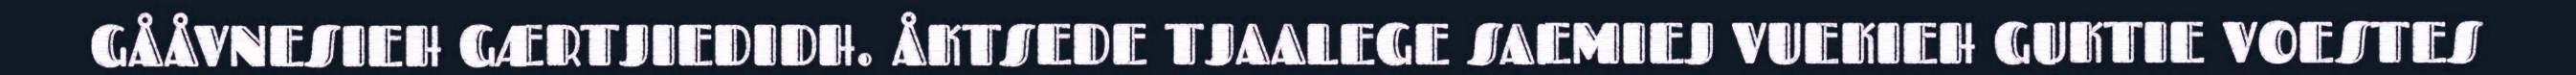
GÅÅVNESIEH GÆRTJIEDIDH. ÅKTSEDE TJAALEGE SAEMIEJ VUEKIEH GUKTIE VOESTES